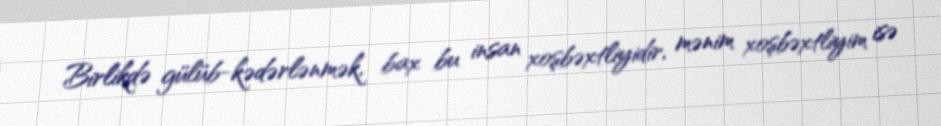
Birlikdə gülüb-kədərlənmək, bax bu insan xoşbəxtliyidir, mənim xoşbəxtliyim isə